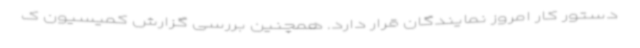
دستور کار امروز نمایندگان قرار دارد. همچنین بررسی گزارش کمیسیون ک